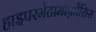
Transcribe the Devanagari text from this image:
हाइपरमेटामार्फ़ोसिस